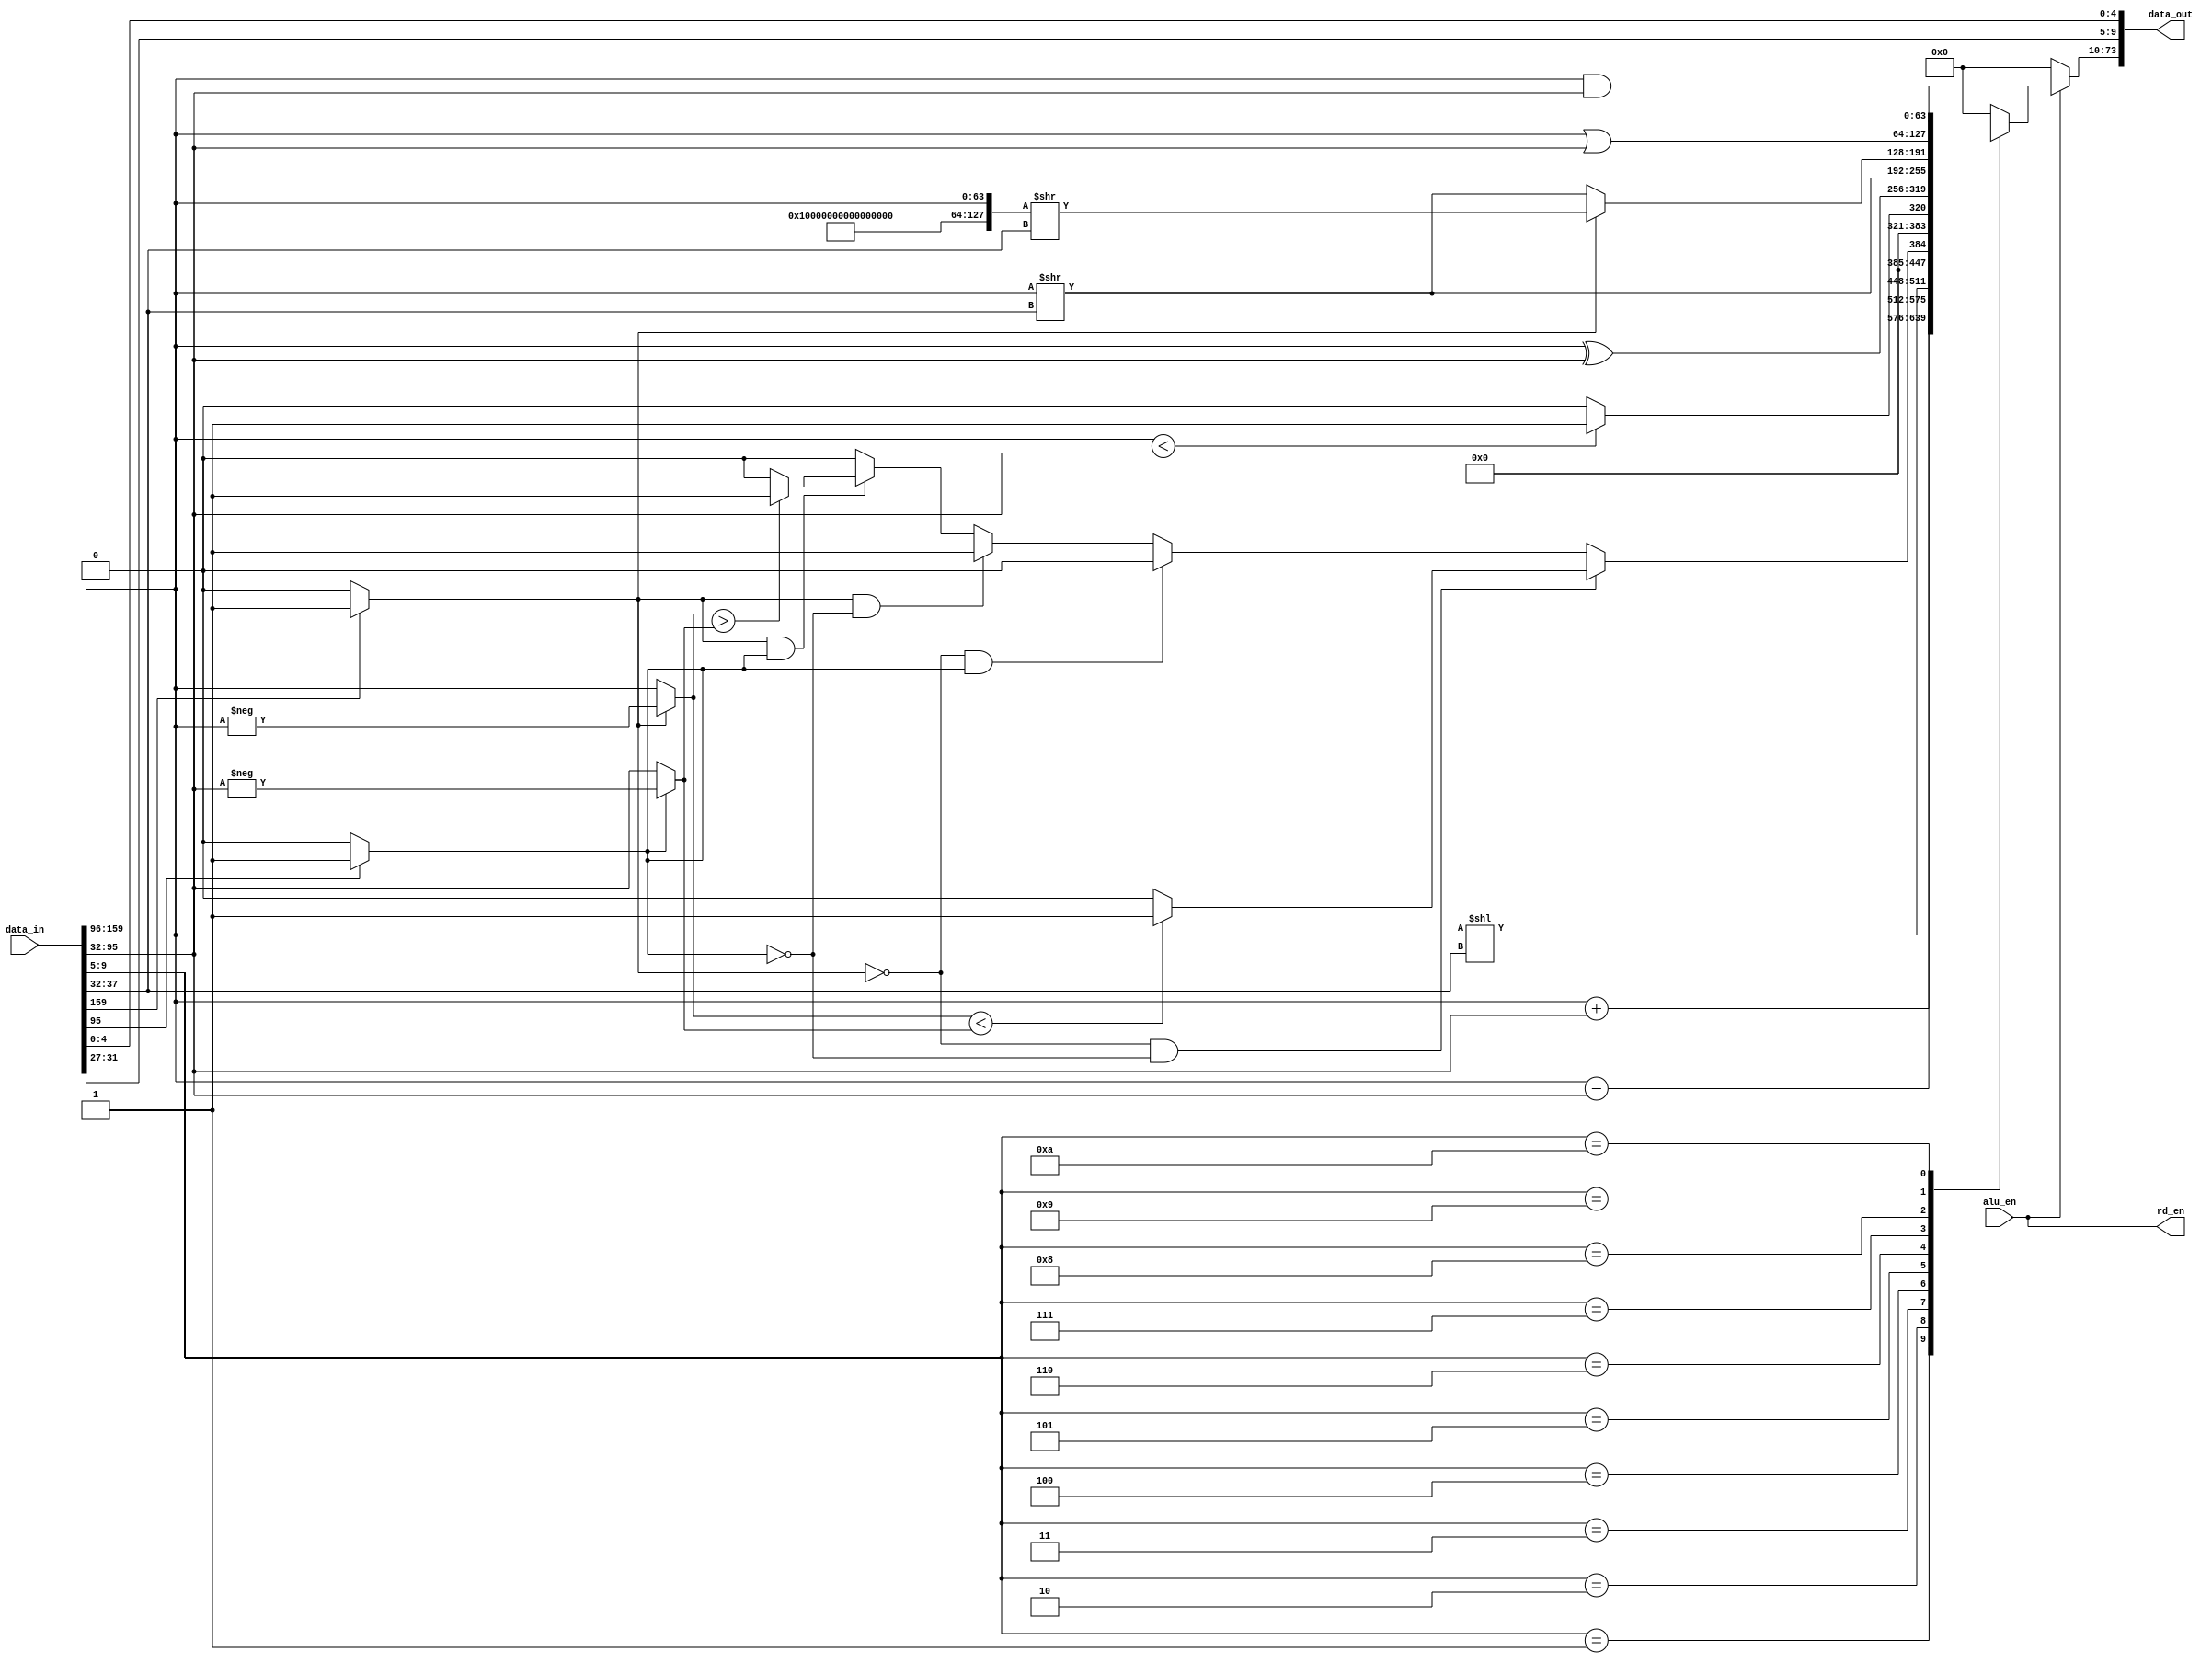
module alu(
input alu_en,
input [159:0] data_in,

output [73:0] data_out,
output rd_en

);

wire [63:0] rs1   ;
wire [63:0] rs2   ;
wire [4:0] rd_idex;
wire [11:0] imm   ;
wire [4:0] op_type   ;
wire [4:0] op     ; 
wire [4:0] itag   ;

reg  [63:0] rd_wb        ;
wire [4:0]  rd_idex_wb   ;
wire [4:0]  itag_wb      ;

assign rd_idex_wb=rd_idex;
assign itag_wb=itag      ;
assign rd_en=alu_en      ;

assign data_out={
rd_wb      ,
rd_idex_wb ,
itag_wb    
};


assign{
rs1    ,
rs2    ,
rd_idex,
imm    ,
op_type   ,
op     ,
itag   }=data_in;

parameter add =1 ,
          sub =2 ,
          sll =3 ,
          slt =4 ,
          sltu=5 ,
          rxor=6 ,
          srl =7 ,
          sra =8 ,
          ror =9 ,
          arand=10;


always@(*)
if(alu_en==1) begin
	case(op)
		1 :rd_wb=rs1+rs2;
		2 :rd_wb=rs1-rs2;
		3 :rd_wb=rs1<<rs2[5:0];
		4 :rd_wb=slt_re;
		5 :rd_wb=(rs1<rs2)?1:0;
		6 :rd_wb=rs1^rs2;
		7 :rd_wb=rs1>>rs2[5:0];
		8 :rd_wb=sra_re[63:0];
		9 :rd_wb=rs1|rs2;
		10:rd_wb=rs1&rs2;
		default: rd_wb=0;
	endcase
	end
else
	rd_wb=0;


wire rs1_neg =(rs1[63]==1)?1'b1:1'b0;
wire rs2_neg =(rs2[63]==1)?1'b1:1'b0;

wire [63:0] rs1_pos=(rs1_neg)?(-rs1):rs1;
wire [63:0] rs2_pos=(rs2_neg)?(-rs2):rs2;

reg [63:0]slt_re;

always@(*)
	if(rs1_neg==0 & rs2_neg==0) begin
		slt_re=(rs1_pos<rs2_pos)?1:0;
		end
	else if(rs1_neg==0 & rs2_neg==1) begin
		slt_re=0;
		end
	else if(rs1_neg==1 & rs2_neg==0) begin
		slt_re=1;
		end
	else if(rs1_neg==1 & rs2_neg==1) begin
		slt_re=(rs1_pos>rs2_pos)?1:0;
		end
	else
		slt_re=0;
		

wire [127:0]sra_re=(rs1_neg==1)?({{64{1'b1}},rs1}>>rs2[5:0]):({{64{1'b0}},rs1}>>rs2[5:0]);
		

endmodule